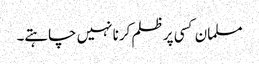
مسلمان کسی پر ظلم کرنا نہیں چاہتے۔